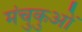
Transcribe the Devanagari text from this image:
मंचुकुओं